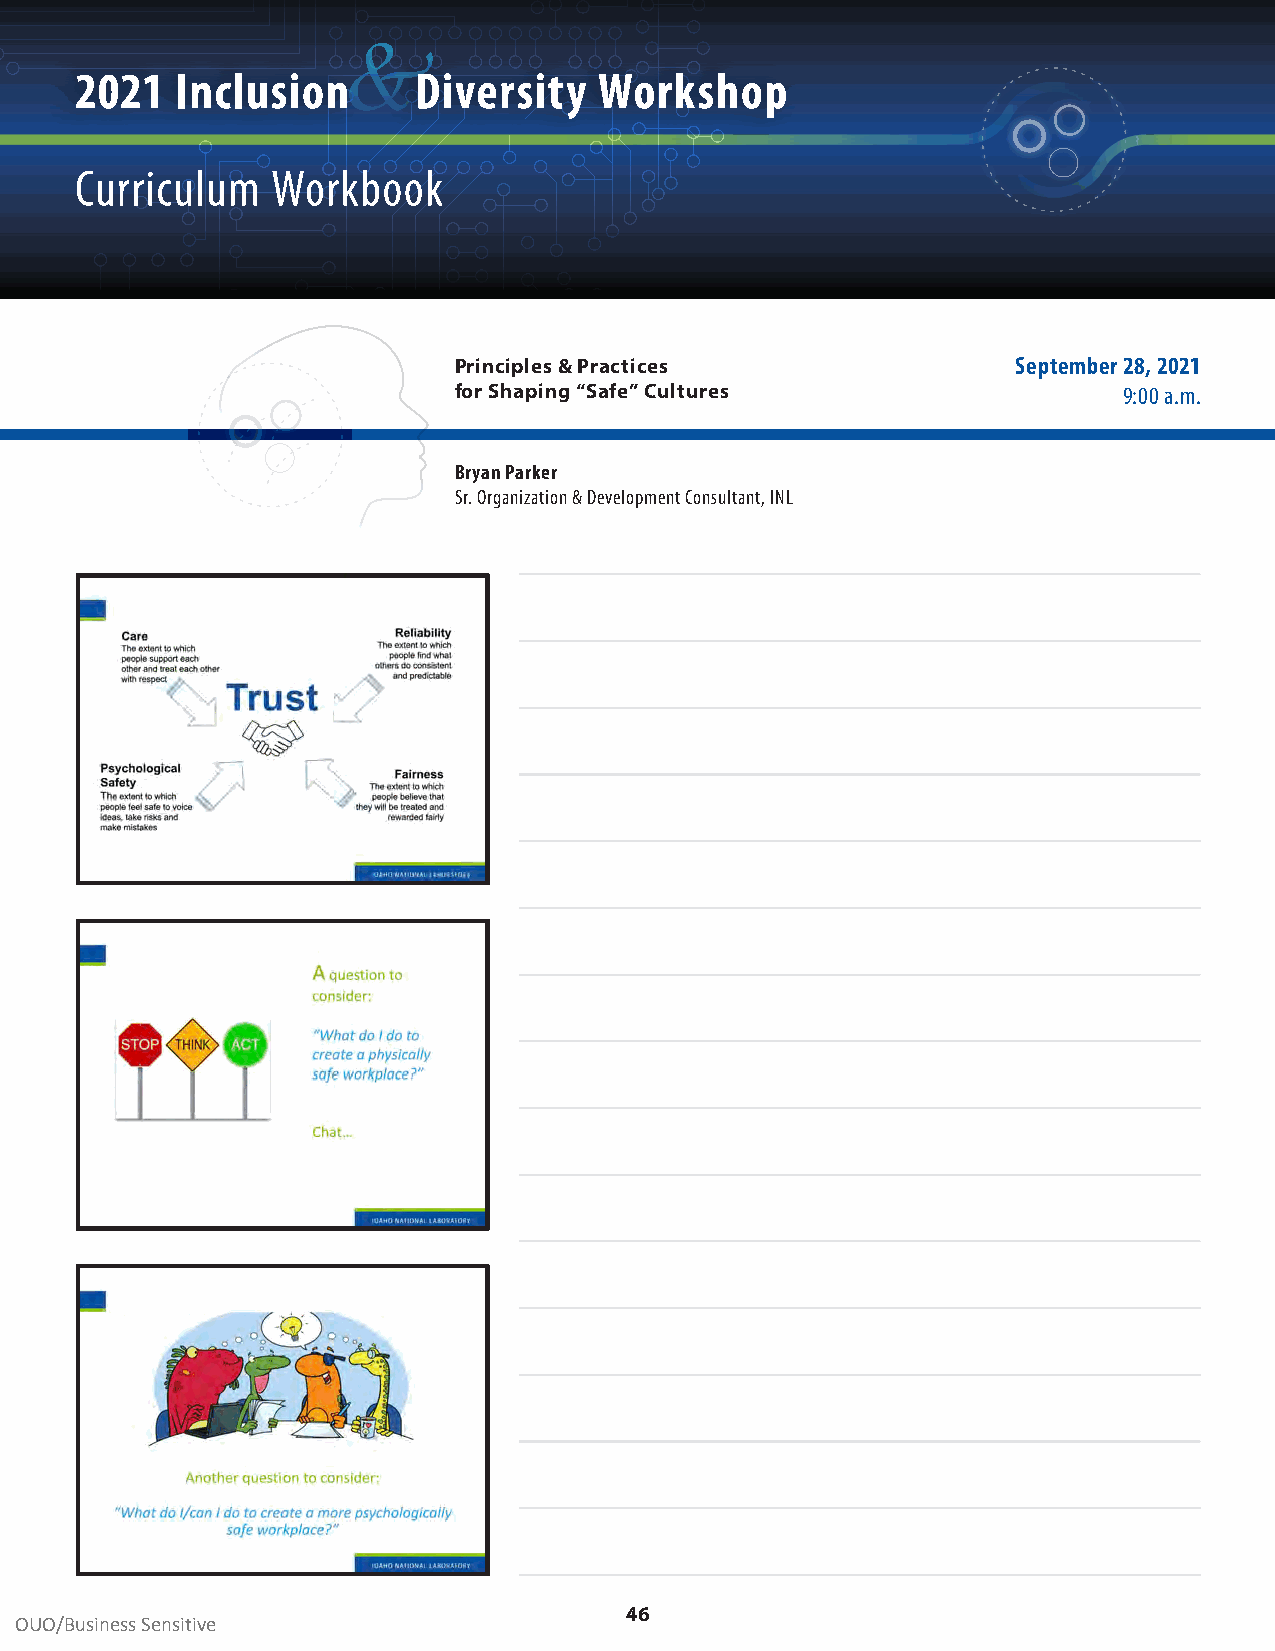
&
 2021   Inclusion      Diversity    Workshop
 Curriculum   Workbook
 Principles & Practices               September 28, 2021
 for Shaping “Safe” Cultures                 9:00 a .m .
 Bryan Parker
 Sr . Organization & Development Consultant, INL
 46
 OUO/Business Sensitive